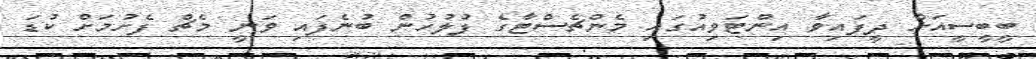
ބީބީސީއަށް ދީފައިވާ އިންޓަވިއުގައި މެންޗެސްޓާގެ ފުލުހުން ބުނެފައި ވަނީ މެޗް ފެށުމަށް ކުޑަ